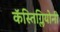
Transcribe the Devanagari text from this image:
कॅस्तिग्लियोनी